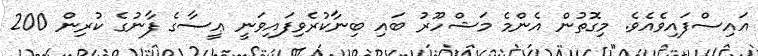
އައިސްފައިވެއެވެ. މިގޮތުން އެންމެ މަޝްހޫރު ބައި ބިނާކުރެވިފައިވަނީ ޢީސާގެ ފާނުގެ ކުރިން 200